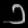
Digit: ၁